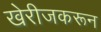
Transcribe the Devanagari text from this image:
खेरीजकरून